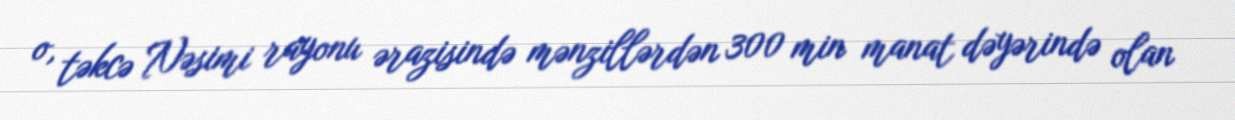
o, təkcə Nəsimi rayonu ərazisində mənzillərdən 300 min manat dəyərində olan